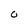
Character: O